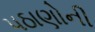
પઠાણોની